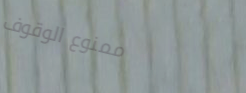
ممنوع الوقوف